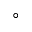
^ { \circ }